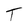
Character: T